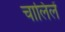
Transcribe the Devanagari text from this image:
चालिलें